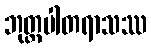
ဘုတ္တပါတရာသဿ